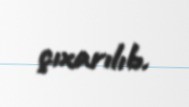
çıxarılıb.